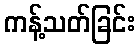
ကန့်သတ်ခြင်း